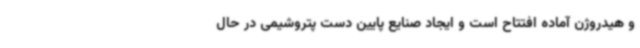
و هیدروژن آماده افتتاح است و ایجاد صنایع پایین دست پتروشیمی در حال